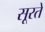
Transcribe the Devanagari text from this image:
सूरते